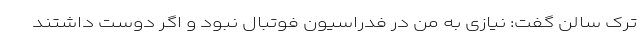
ترک سالن گفت: نیازی به من در فدراسیون فوتبال نبود و اگر دوست داشتند